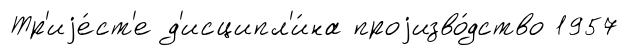
Тр'иjе́ст'е д'исципл'и́на проjизво́дство 1957